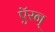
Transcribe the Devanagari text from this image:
ऍरन्